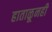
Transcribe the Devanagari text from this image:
हाताळूनही